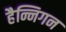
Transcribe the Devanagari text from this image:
हैन्निगन